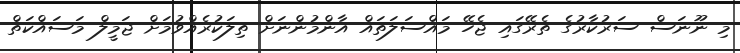
މި ނޫނަސް ސަރުކާރުގެ ތެރޭގައި ޖެހޭ މައްސަލަތައް އާންމުންނަށް ތިލަކުރެއްވުމަށް ޖަމީލް މަސައްކަތް